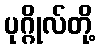
ပုဂ္ဂိုလ်တို့